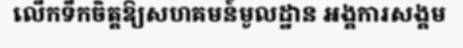
លើកទឹកចិត្តឱ្យសហគមន៍មូលដ្ឋាន អង្គការសង្គម